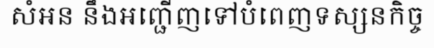
សំអន នឹងអញ្ជើញទៅបំពេញទស្សនកិច្ច